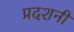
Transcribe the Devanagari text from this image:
प्रदशनी